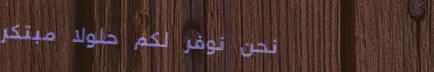
نحن نوفر لكم حلولاً مبتكر